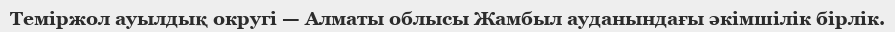
Теміржол ауылдық округі — Алматы облысы Жамбыл ауданындағы әкімшілік бірлік.